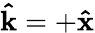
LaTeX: \boldsymbol{\hat{\textbf{k}}}=+\boldsymbol{\hat{\textbf{x}}}